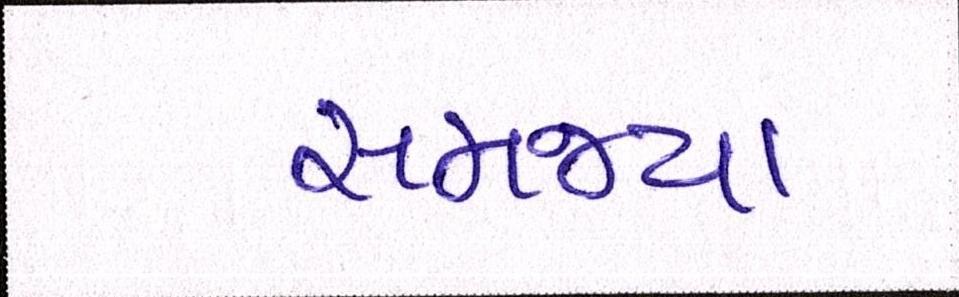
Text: સમજ્યા